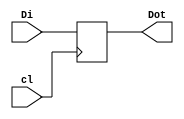
module  register16(cl, Di, Dot);//RD
input wire cl;
input wire [15:0] Di;
output reg [15:0] Dot;
always @(posedge cl)
Dot <= Di;
endmodule